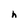
Character: h